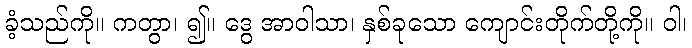
ခံ့သည်ကို။ ကတွာ၊ ၍။ ဒွေ အာဝါသာ၊ နှစ်ခုသော ကျောင်းတိုက်တို့ကို။ ဝါ၊